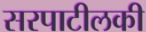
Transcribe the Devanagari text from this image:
सरपाटीलकी